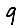
Digit: 9